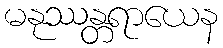
မနုဿန္တရာယေန